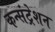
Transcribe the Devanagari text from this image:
कन्संट्रेशन